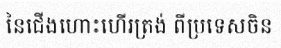
នៃជើងហោះហើរត្រង់ ពីប្រទេសចិន